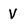
Character: V